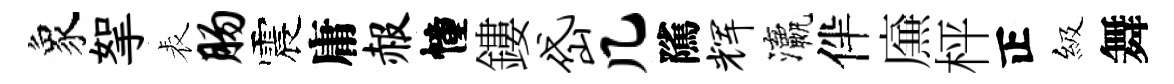
象挐表肠震庸赧幢鏤岱几隲辉瀛伴㢘枰正級舞